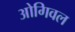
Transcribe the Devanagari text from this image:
ओगिवल